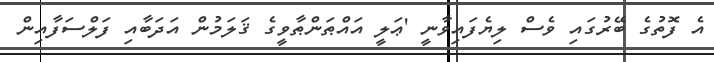
އެ ފޮތުގެ ބޭރުގައި ވެސް ލިޔެފައިވާނީ 'ޢަލީ އައްޠަންޠާވީގެ ޤަލަމުން އަދަބާއި ފަލްސަފާއިން